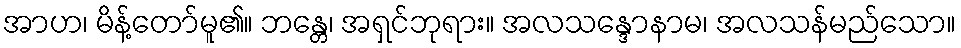
အာဟ၊ မိန့်တော်မူ၏။ ဘန္တေ၊ အရှင်ဘုရား။ အလသန္ဒောနာမ၊ အလသန်မည်သော။